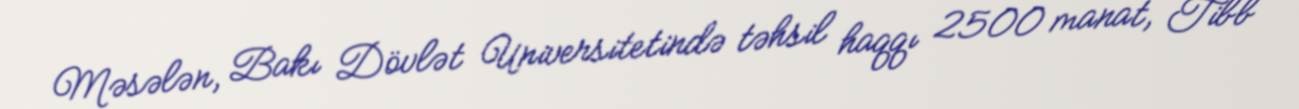
Məsələn, Bakı Dövlət Universitetində təhsil haqqı 2500 manat, Tibb